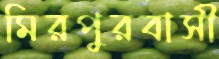
মিরপুরবাসী